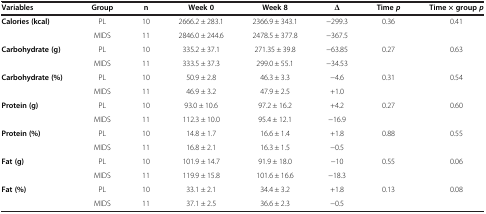
<table><thead><tr><td><b>Variables</b></td><td><b>Group</b></td><td><b>n</b></td><td><b>Week 0</b></td><td><b>Week 8</b></td><td><b>∆</b></td><td><b>Time<i>p</i></b></td><td><b>Time × group<i>p</i></b></td></tr></thead><tbody><tr><td rowspan="2"><b>Calories (kcal)</b></td><td>PL</td><td>10</td><td>2666.2 ± 283.1</td><td>2366.9 ± 343.1</td><td>−299.3</td><td rowspan="2">0.36</td><td rowspan="2">0.41</td></tr><tr><td>MIDS</td><td>11</td><td>2846.0 ± 244.6</td><td>2478.5 ± 377.8</td><td>−367.5</td></tr><tr><td rowspan="2"><b>Carbohydrate (g)</b></td><td>PL</td><td>10</td><td>335.2 ± 37.1</td><td>271.35 ± 39.8</td><td>−63.85</td><td rowspan="2">0.27</td><td rowspan="2">0.63</td></tr><tr><td>MIDS</td><td>11</td><td>333.5 ± 37.3</td><td>299.0 ± 55.1</td><td>−34.53</td></tr><tr><td rowspan="2"><b>Carbohydrate (%)</b></td><td>PL</td><td>10</td><td>50.9 ± 2.8</td><td>46.3 ± 3.3</td><td>−4.6</td><td rowspan="2">0.31</td><td rowspan="2">0.54</td></tr><tr><td>MIDS</td><td>11</td><td>46.9 ± 3.2</td><td>47.9 ± 2.5</td><td>+1.0</td></tr><tr><td rowspan="2"><b>Protein (g)</b></td><td>PL</td><td>10</td><td>93.0 ± 10.6</td><td>97.2 ± 16.2</td><td>+4.2</td><td rowspan="2">0.27</td><td rowspan="2">0.60</td></tr><tr><td>MIDS</td><td>11</td><td>112.3 ± 10.0</td><td>95.4 ± 12.1</td><td>−16.9</td></tr><tr><td rowspan="2"><b>Protein (%)</b></td><td>PL</td><td>10</td><td>14.8 ± 1.7</td><td>16.6 ± 1.4</td><td>+1.8</td><td rowspan="2">0.88</td><td rowspan="2">0.55</td></tr><tr><td>MIDS</td><td>11</td><td>16.8 ± 2.1</td><td>16.3 ± 1.5</td><td>−0.5</td></tr><tr><td rowspan="2"><b>Fat (g)</b></td><td>PL</td><td>10</td><td>101.9 ± 14.7</td><td>91.9 ± 18.0</td><td>−10</td><td rowspan="2">0.55</td><td rowspan="2">0.06</td></tr><tr><td>MIDS</td><td>11</td><td>119.9 ± 15.8</td><td>101.6 ± 16.6</td><td>−18.3</td></tr><tr><td><b>Fat (%)</b></td><td>PL</td><td>10</td><td>33.1 ± 2.1</td><td>34.4 ± 3.2</td><td>+1.8</td><td>0.13</td><td>0.08</td></tr><tr><td> </td><td>MIDS</td><td>11</td><td>37.1 ± 2.5</td><td>36.6 ± 2.3</td><td>−0.5</td><td> </td><td> </td></tr></tbody></table>